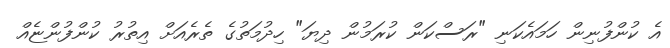
އެ ކުންފުނިން ހަމައެކަނި "ރަސްކަން ކުރަމުން ދިޔަ" ހިދުމަތުގެ ތެރެއަށް އިތުރު ކުންފުންޏެއް